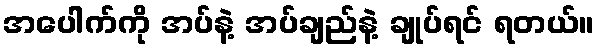
အပေါက်ကို အပ်နဲ့ အပ်ချည်နဲ့ ချုပ်ရင် ရတယ်။